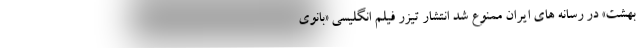
بهشت» در رسانه های ایران ممنوع شد انتشار تیزر فیلم انگلیسی «بانوی